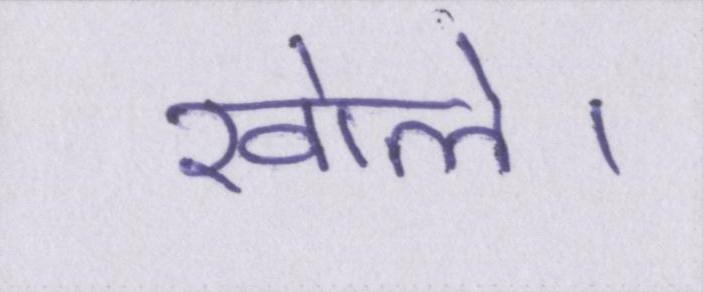
खोले।